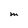
Character: M